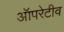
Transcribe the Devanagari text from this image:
ऑपरेटीव